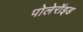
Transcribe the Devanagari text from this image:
पोलेरॉइड